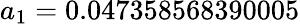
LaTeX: a_{1}=0.047358568390005